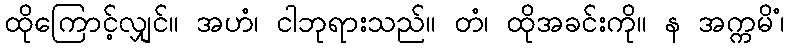
ထိုကြောင့်လျှင်။ အဟံ၊ ငါဘုရားသည်။ တံ၊ ထိုအခင်းကို။ န အက္ကမိံ၊